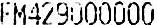
FM429000000